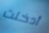
أدخلت